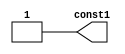
// This program was cloned from: https://github.com/efabless/clear
// License: Apache License 2.0

//Generated from netlist by SpyDrNet
//netlist name: FPGA88_SOFA_A
module const1
(
    const1
);

    output const1;

    wire \<const1> = 1 ;
    wire const1;

assign const1 = \<const1> ;
endmodule